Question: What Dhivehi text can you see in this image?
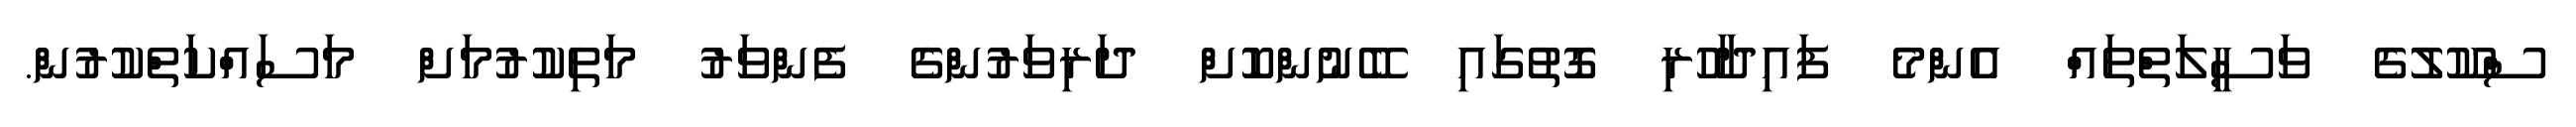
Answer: ސްކޫލުގެ ވަސީލަތްތައް އެންމެ ފައިދާހުރި ގޮތުގައި ބޭނުންކޮށް ދަރިވަރުންގެ ފެންވަރު މަތިކުރުމަށް މަސައްކަތްކުރުން.